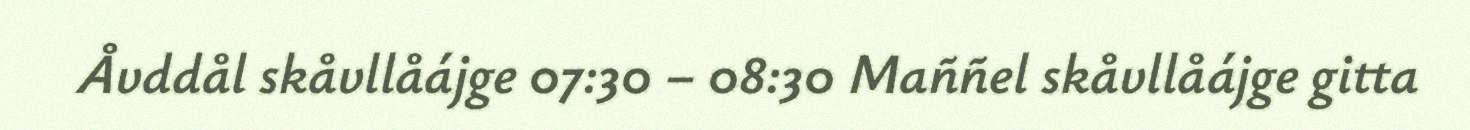
Åvddål skåvllåájge 07:30 – 08:30 Maññel skåvllåájge gitta